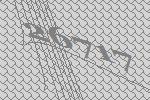
26717